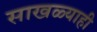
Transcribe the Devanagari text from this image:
साखळ्याही